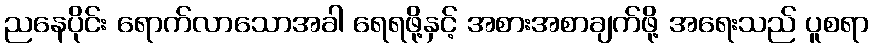
ညနေပိုင်း ရောက်လာသောအခါ ရေရဖို့နှင့် အစားအစာချက်ဖို့ အရေးသည် ပူစရာ